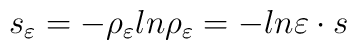
s_{\varepsilon}=-\rho_{\varepsilon}ln\rho_{\varepsilon}=-ln\varepsilon\cdot s